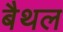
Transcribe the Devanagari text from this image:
बैथल